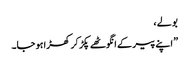
بولے ،
” اپنے پیر کے انگوٹھے پکڑ کر کھڑا ہو جا۔